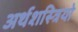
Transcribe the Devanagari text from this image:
अर्थशस्त्रियो